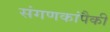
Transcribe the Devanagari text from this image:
संगणकांपैकी